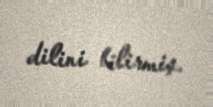
dilini bilirmiş.